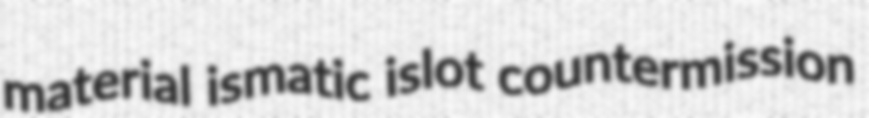
material ismatic islot countermission